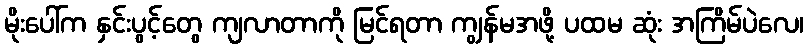
မိုးပေါ်က နှင်းပွင့်တွေ ကျလာတာကို မြင်ရတာ ကျွန်မအဖို့ ပထမ ဆုံး အကြိမ်ပဲလေ၊